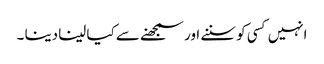
انہیں کسی کو سننے اور سمجھنے سے کیا لینا دینا ۔